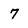
Character: 7